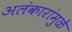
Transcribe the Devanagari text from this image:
अलंकारांमुळे